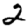
Digit: 2